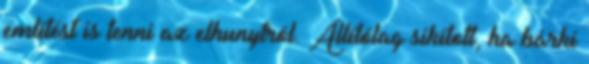
említést is tenni az elhunytról. Állítólag sikított, ha bárki